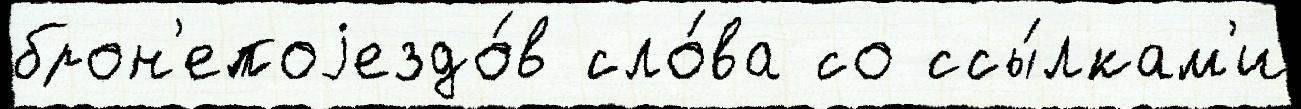
брон'епоjездо́в сло́ва со ссы́лкам'и